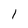
Character: 1